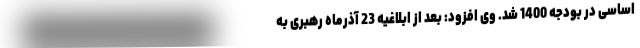
اساسی در بودجه 1400 شد. وی افزود: بعد از ابلاغیه 23 آذرماه رهبری به